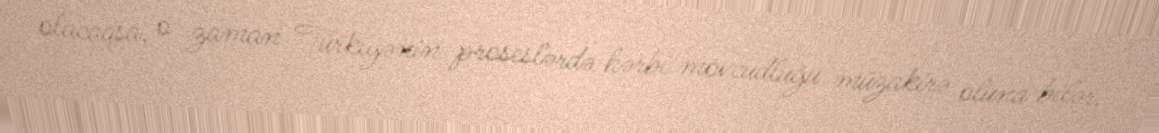
olacaqsa, o zaman Türkiyənin proseslərdə hərbi mövcudluğu müzakirə oluna bilər.